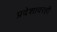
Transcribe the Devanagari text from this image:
प्रदेशावरही